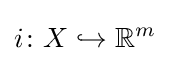
i\colon X\hookrightarrow \mathbb {R} ^{m}